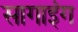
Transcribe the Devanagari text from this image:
सागाइंग